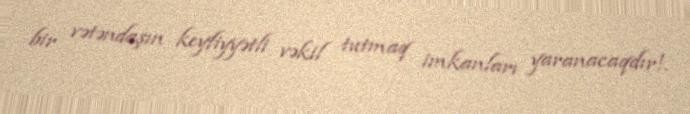
bir vətəndaşın keyfiyyətli vəkil tutmaq imkanları yaranacaqdır!.